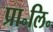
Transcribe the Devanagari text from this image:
प्रा॰लि॰